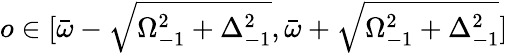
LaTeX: o\in[\bar{\omega}-\sqrt{\Omega_{-1}^{2}+\Delta_{-1}^{2}},\bar{\omega}+\sqrt{\Omega_{-1}^{2}+\Delta_{-1}^{2}}]